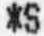
*S